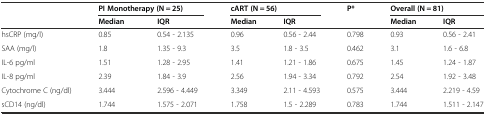
| <ROWSPAN=2>  | <COLSPAN=2> PI Monotherapy (N = 25) | <COLSPAN=2> cART (N = 56) | <ROWSPAN=2> P* | <COLSPAN=2> Overall (N = 81) |
 | Median | IQR | Median | IQR | Median | IQR |
 | --- | --- | --- | --- | --- | --- | --- | --- |
 | hsCRP (mg/l) | 0.85 | 0.54 - 2.135 | 0.96 | 0.56 - 2.44 | 0.798 | 0.93 | 0.56 - 2.41 |
 | SAA (mg/l) | 1.8 | 1.35 - 9.3 | 3.5 | 1.8 - 3.5 | 0.462 | 3.1 | 1.6 - 6.8 |
 | IL-6 pg/ml | 1.51 | 1.28 - 2.95 | 1.41 | 1.21 - 1.86 | 0.675 | 1.45 | 1.24 - 1.87 |
 | IL-8 pg/ml | 2.39 | 1.84 - 3.9 | 2.56 | 1.94 - 3.34 | 0.792 | 2.54 | 1.92 - 3.48 |
 | Cytochrome C (ng/dl) | 3.444 | 2.596 - 4.449 | 3.349 | 2.11 - 4.593 | 0.575 | 3.444 | 2.219 - 4.59 |
 | sCD14 (ng/dl) | 1.744 | 1.575 - 2.071 | 1.758 | 1.5 - 2.289 | 0.783 | 1.744 | 1.511 - 2.147 |